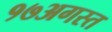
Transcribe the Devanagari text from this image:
१७अगस्त